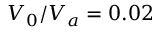
V _ { 0 } / V _ { a } = 0 . 0 2